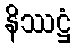
နိဿဋ္ဌံ